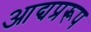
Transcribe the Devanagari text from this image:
आद्यप्ररूप